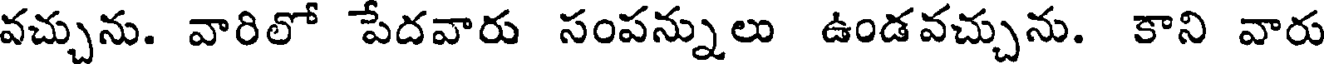
వచ్చును. వారిలో పేదవారు సంపన్నులు ఉండవచ్చును. కాని వారు